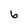
Character: 6